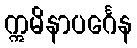
ဣမိနာပင်္ဂေန